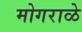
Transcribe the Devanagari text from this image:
मोगराळे